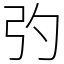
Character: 㢩